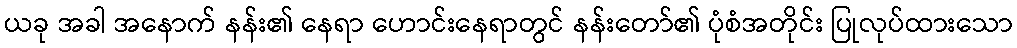
ယခု အခါ အနောက် နန်း၏ နေရာ ဟောင်းနေရာတွင် နန်းတော်၏ ပုံစံအတိုင်း ပြုလုပ်ထားသော